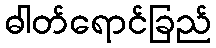
ဓါတ်ရောင်ခြည်